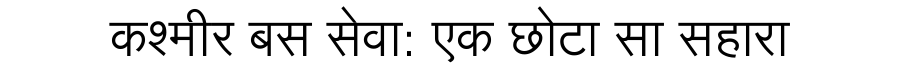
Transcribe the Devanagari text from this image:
कश्मीर बस सेवा: एक छोटा सा सहारा